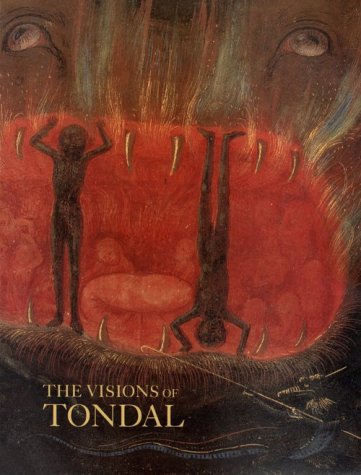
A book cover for The Visions of Tondal: From the Library of Margaret of York; Thomas Kren; Arts & Photography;